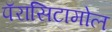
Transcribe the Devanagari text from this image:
पॅरासिटामोल